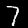
Label: 7